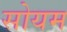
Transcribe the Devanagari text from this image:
सोयम